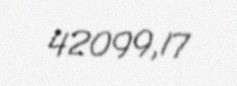
42099,17